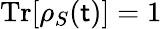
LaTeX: \operatorname{Tr}[\rho_{S}(\mathsf{t})]=1